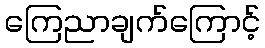
ကြေညာချက်ကြောင့်